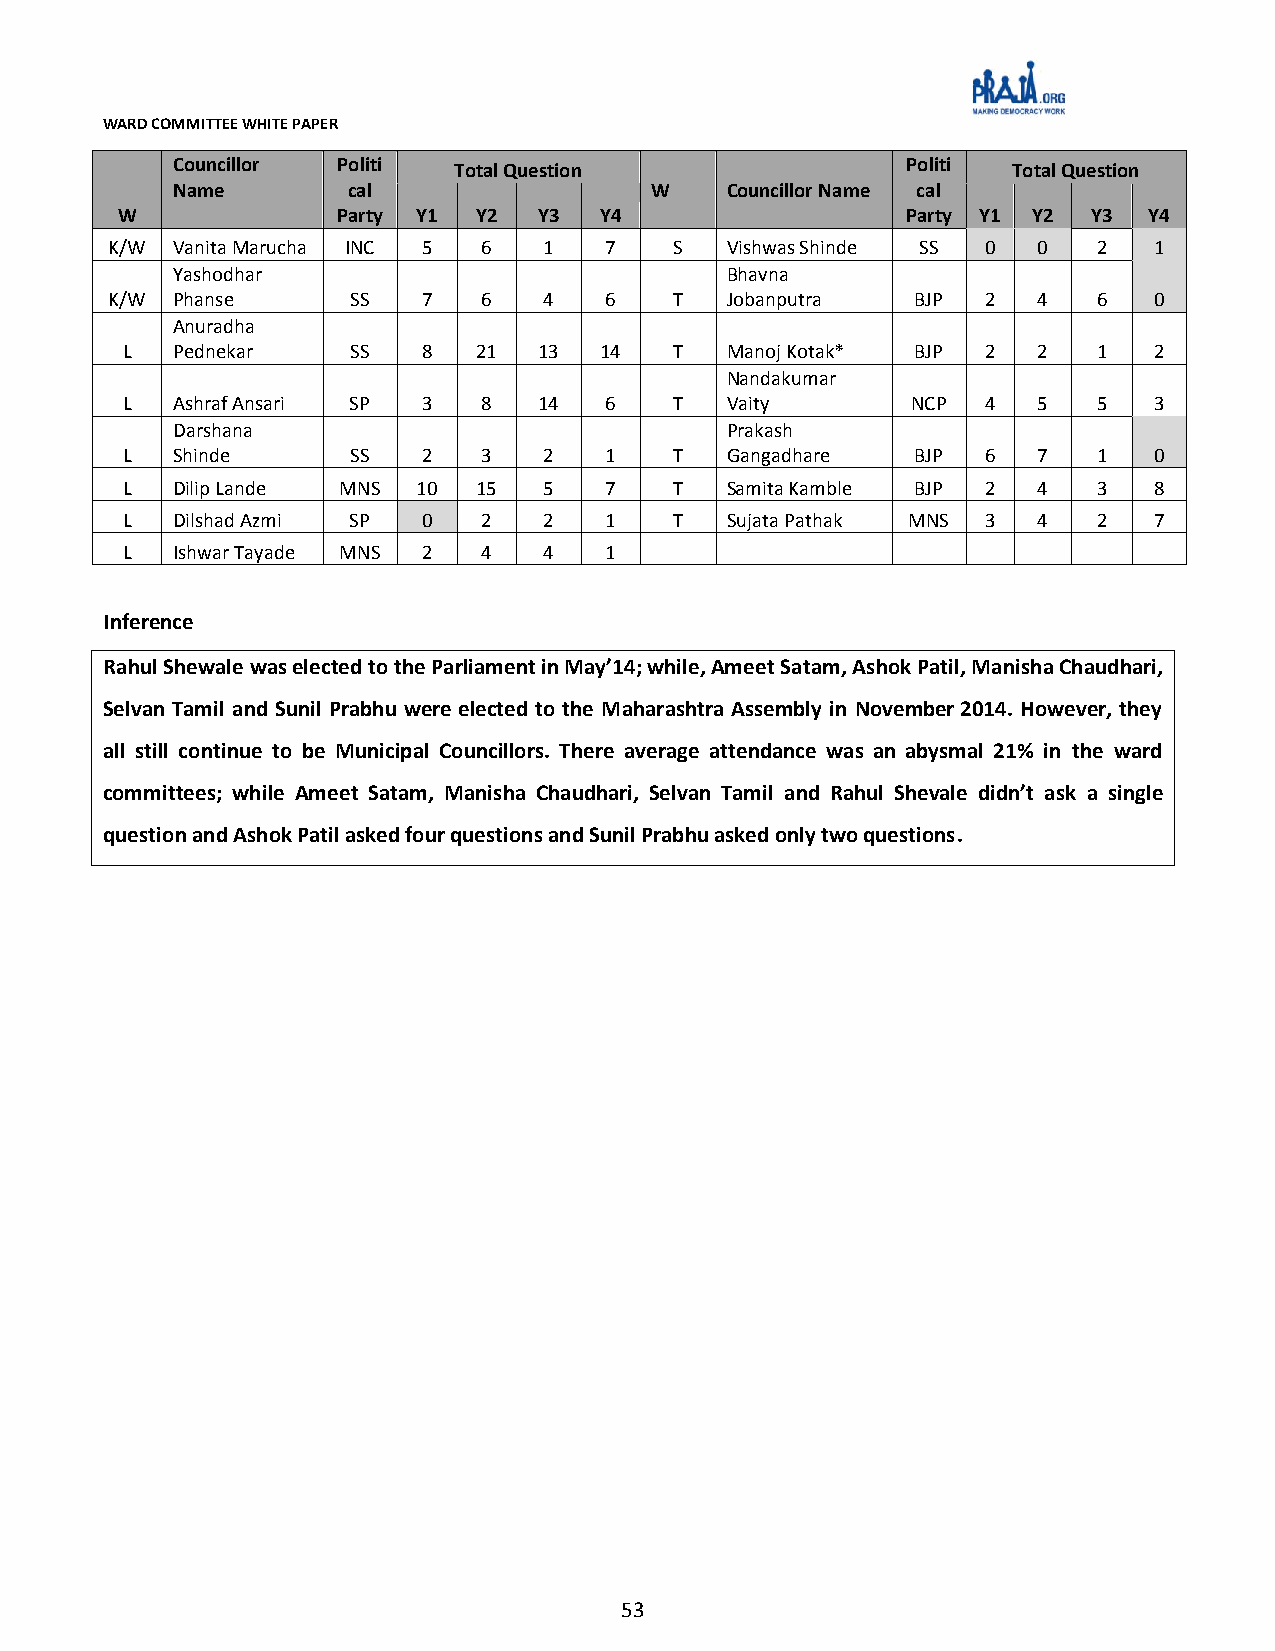
WARD COMMITTEE WHITE PAPER
 Councillor Politi  Total Question                Politi Total Question
 Name        cal                 W    Councillor Name cal
 W             Party Y1  Y2  Y3  Y4                  Party Y1 Y2 Y3  Y4
 K/W Vanita Marucha INC 5 6   1   7    S  Vishwas Shinde SS 0  0   2  1
 Yashodhar                            Bhavna
 K/W Phanse      SS   7   6   4   6    T  Jobanputra   BJP 2   4   6  0
 Anuradha
 L  Pednekar    SS   8   21  13  14   T  Manoj Kotak* BJP 2   2   1  2
 Nandakumar
 L  Ashraf Ansari SP 3   8   14  6    T  Vaity       NCP  4   5   5  3
 Darshana                             Prakash
 L  Shinde      SS   2   3   2   1    T  Gangadhare   BJP 6   7   1  0
 L  Dilip Lande MNS  10  15  5   7    T  Samita Kamble BJP 2  4   3  8
 L  Dilshad Azmi SP  0   2   2   1    T  Sujata Pathak MNS 3  4   2  7
 L  Ishwar Tayade MNS 2  4   4   1
 Inference
 Rahul Shewale was elected to the Parliament in May’14; while, Ameet Satam, Ashok Patil, Manisha Chaudhari,
 Selvan Tamil and Sunil Prabhu were elected to the Maharashtra Assembly in November 2014. However, they
 all still continue to be Municipal Councillors. There average attendance was an abysmal 21% in the ward
 committees; while Ameet Satam, Manisha Chaudhari, Selvan Tamil and Rahul Shevale didn’t ask a single
 question and Ashok Patil asked four questions and Sunil Prabhu asked only two questions.
 53